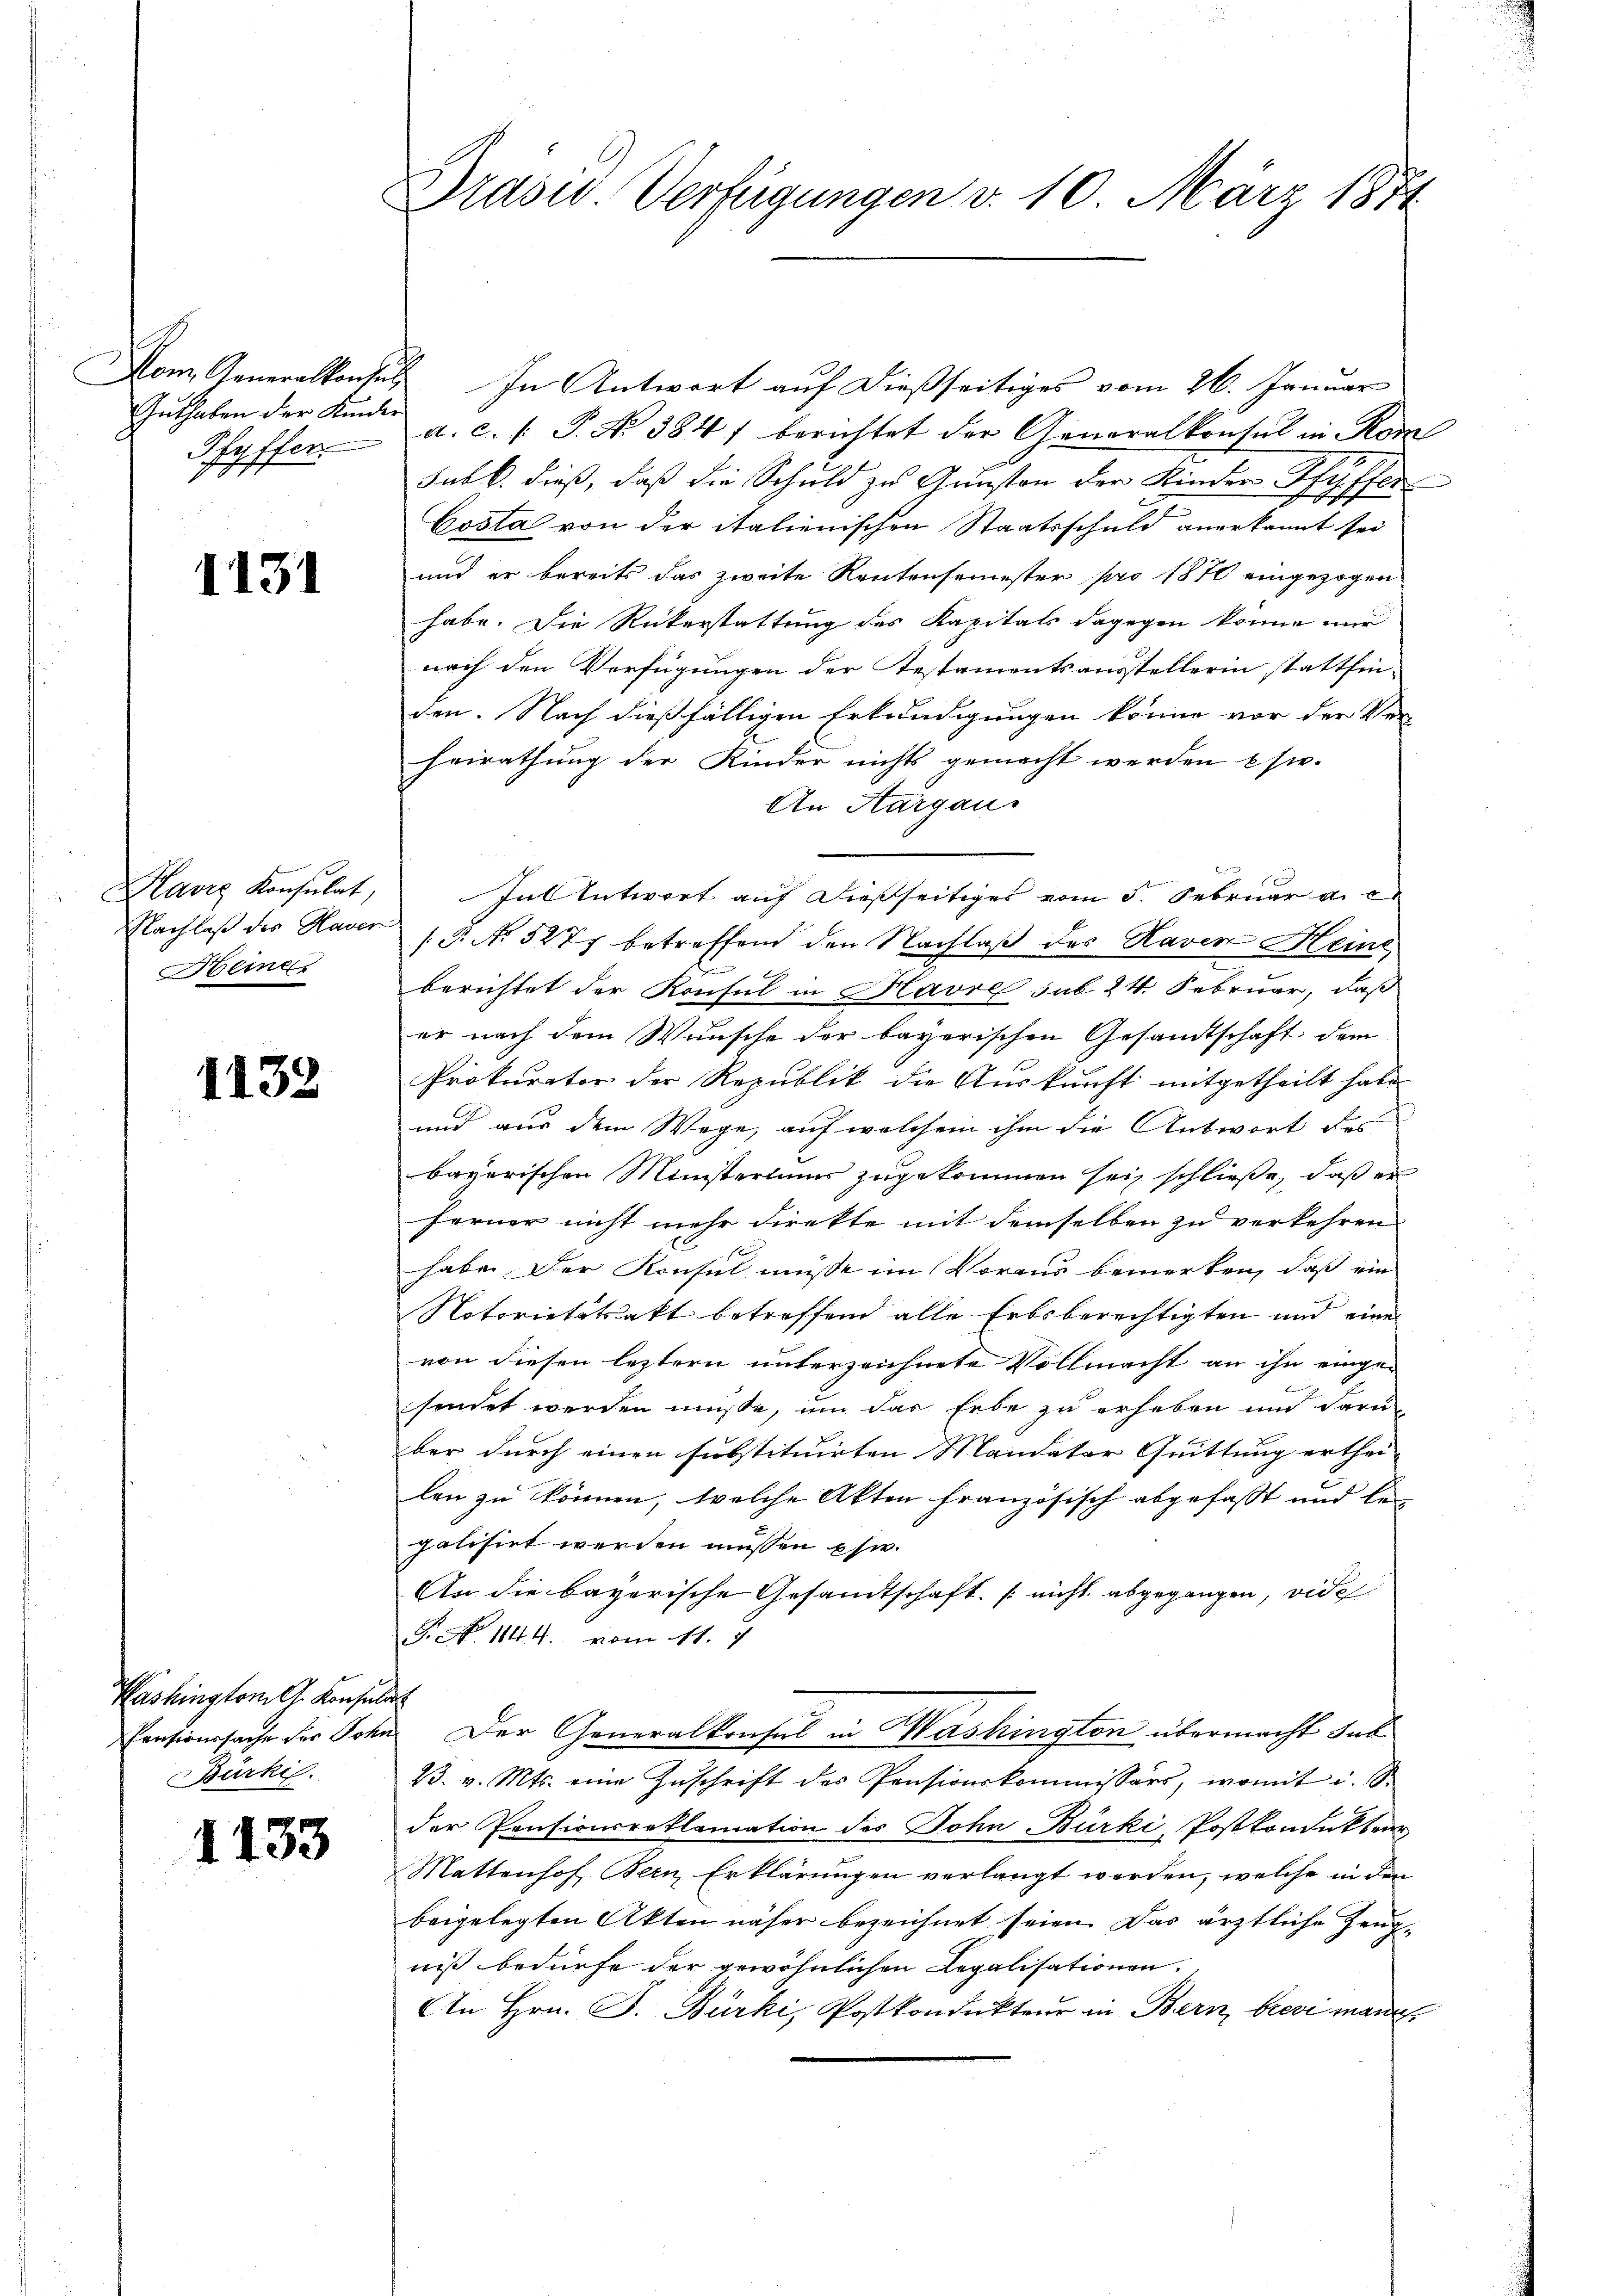
Guthaben der Kinder

1131

Nachlaß des Hauer
Heinr.

1132

Pashington G. Konsula
Bürkis

1133

Drasis. Verfügungen d. 10. März 1874

Hom Generalkonsul In Antwort auf dießseitiges vom 26. Januar
Pfyffer a. c. s. P. Nr. 384) berichtet der Generalkonsul in Kom
Subk. dieß, daß die Schuld zu Gunsten der Kinder Pfyffle
Costa von der italienischen Staatsschuld anerkannt sei
und er bereits das zweite Rentensemester pro 1870 eingezogen
habe. Die Rükerstattung des Kapitals dagegen könne nur
nach den Verfügungen der Testamentsausstellerin stattfinden. Nach dießfälligen Erkundigungen könne vor der Ver-
Heirathung der Kinder nichts gemacht werden psie-
An Aargaus
Havre Konsulat, hat Antwort auf dießseitiges vom 5. Februar a. c.
(P. No. 527 betreffend den Nachlaß des Raven Hein
berichtet der Konsul in Havre sub 24. Februar, daß
er nach dem Wunsche der bayerischen Gesandtschaft dem
Prokurator der Republik die Auskunft mitgetheilt habe
und aus dem Wege, auf welchem ihm die Antwort des
bayerischen Ministeriums zugekommen sei, schließe, daß er
ferner nicht mehr direkte mit demselben zu verkehren
habe. Der Konsul müsse im Voraus bemerken, daß ein
Notorietätsakt betreffend alle Erbsberechtigten und eine
von diesen leztern unterzeichnete Vollmacht an ihn einge-
sendet werden müße, um das Erbe zu erheben und daru
ber durch einen substituirten Mandater Quittung erthei-
len zu können, welche Akten französisch abgefasst und be-
galisirt werden müssen Ehe.
An die bayerische Gesandtschaft. (nicht abgegangen, vide
T. No. 1844. vom 11. J
Censionssache der Sohn. Der Generalkonsul in Washington übermacht das
23. v. Mts. eine Zŭschrift des Pensionskommissärs, womit i. S.
der Pensionsreklamation des Sohn Bürki Postkondukten
Mattenhof Bern, Erklärungen verlangt werden, welche in den
beigelegten Akten näher bezeichnet seien. Das ärztliche Zeugniß bedürfe der gewöhnlichen Legalisationen.
An Hrn. F. Bürki, Postkondukteur in Bern, brevi manch